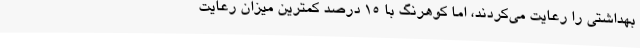
بهداشتی را رعایت می‌کردند، اما کوهرنگ با 15 درصد کمترین میزان رعایت